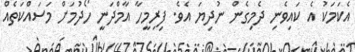
އެކަމަކު އެ ކައިވެނި ދެމިގެން ނުދިޔަ އެވެ. ފިރިމީހާ އާމްދަނީ ހޯދުމަށް މަސައްކަތެއް